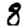
Digit: 8